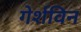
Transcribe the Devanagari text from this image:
गेर्शविन